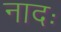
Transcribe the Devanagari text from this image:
नादः